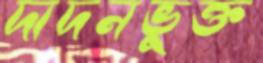
দাদনভুক্ত